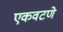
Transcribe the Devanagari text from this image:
एकवटणे